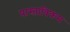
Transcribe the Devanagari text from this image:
प्रास्ताविकम